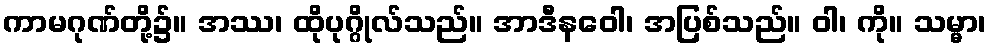
ကာမဂုဏ်တို့၌။ အဿ၊ ထိုပုဂ္ဂိုလ်သည်။ အာဒီနဝေါ၊ အပြစ်သည်။ ဝါ၊ ကို။ သမ္မာ၊